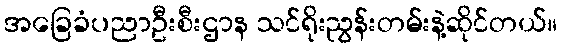
အခြေခံပညာဦးစီးဌာန သင်ရိုးညွန်းတမ်းနဲ့ဆိုင်တယ်။